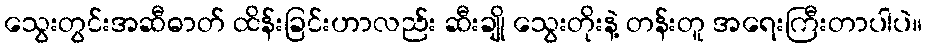
သွေးတွင်းအဆီဓာတ် ထိန်းခြင်းဟာလည်း ဆီးချို သွေးတိုးနဲ့ တန်းတူ အရေးကြီးတာပါပဲ။